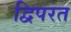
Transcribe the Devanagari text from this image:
द्विपरत